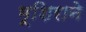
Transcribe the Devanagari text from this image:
भूशिराने